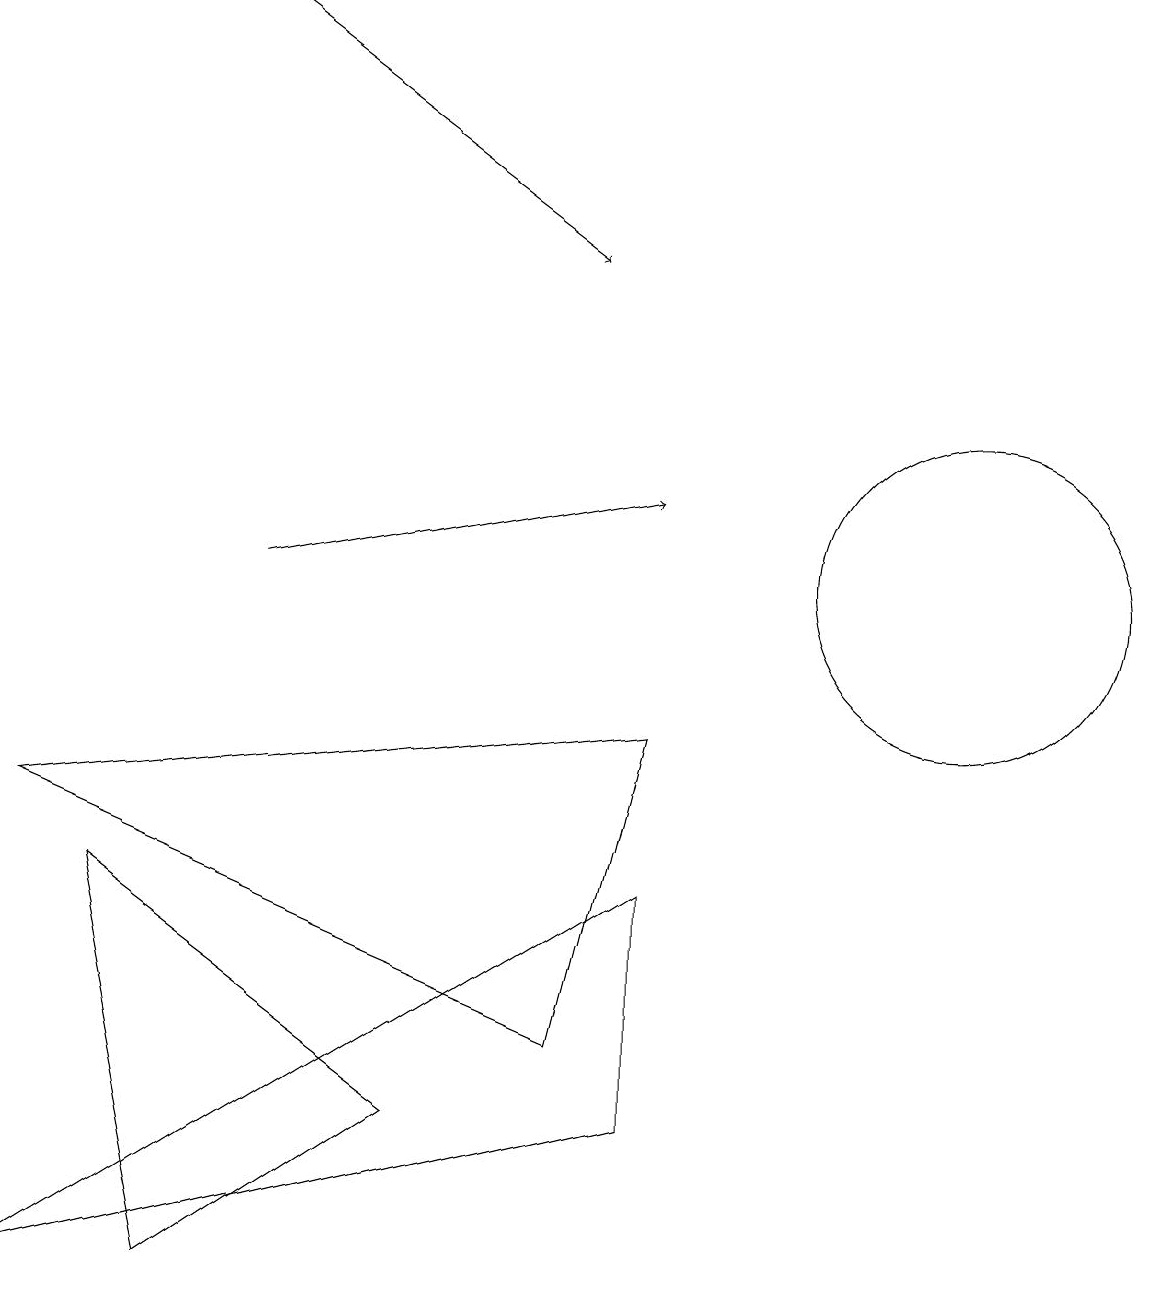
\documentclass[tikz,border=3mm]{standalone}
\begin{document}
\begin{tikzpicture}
\draw (12,10) circle (0);
\draw[->] (3,17) -- (7,14);
\draw (1,6) -- (5,3) -- (2,1) -- cycle;
\draw (12,10) circle (2);
\draw (8,8) -- (7,4) -- (0,7) -- cycle;
\draw[->] (3,10) -- (8,11);
\draw (8,6) -- (0,1) -- (8,3) -- cycle;
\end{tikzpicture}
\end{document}